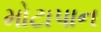
મોટાપાન